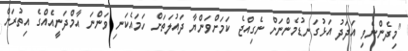
"މިދެންނެވި އަދަދު އަޅުގަނޑުމެންނަށް ނެގިއްޖެ ކަމަށްވަންޔާ ދައުލަތަށް ހަމައެކަނި ވަންނަ އާމްދަނީއެއްގެ އިތުރަށް